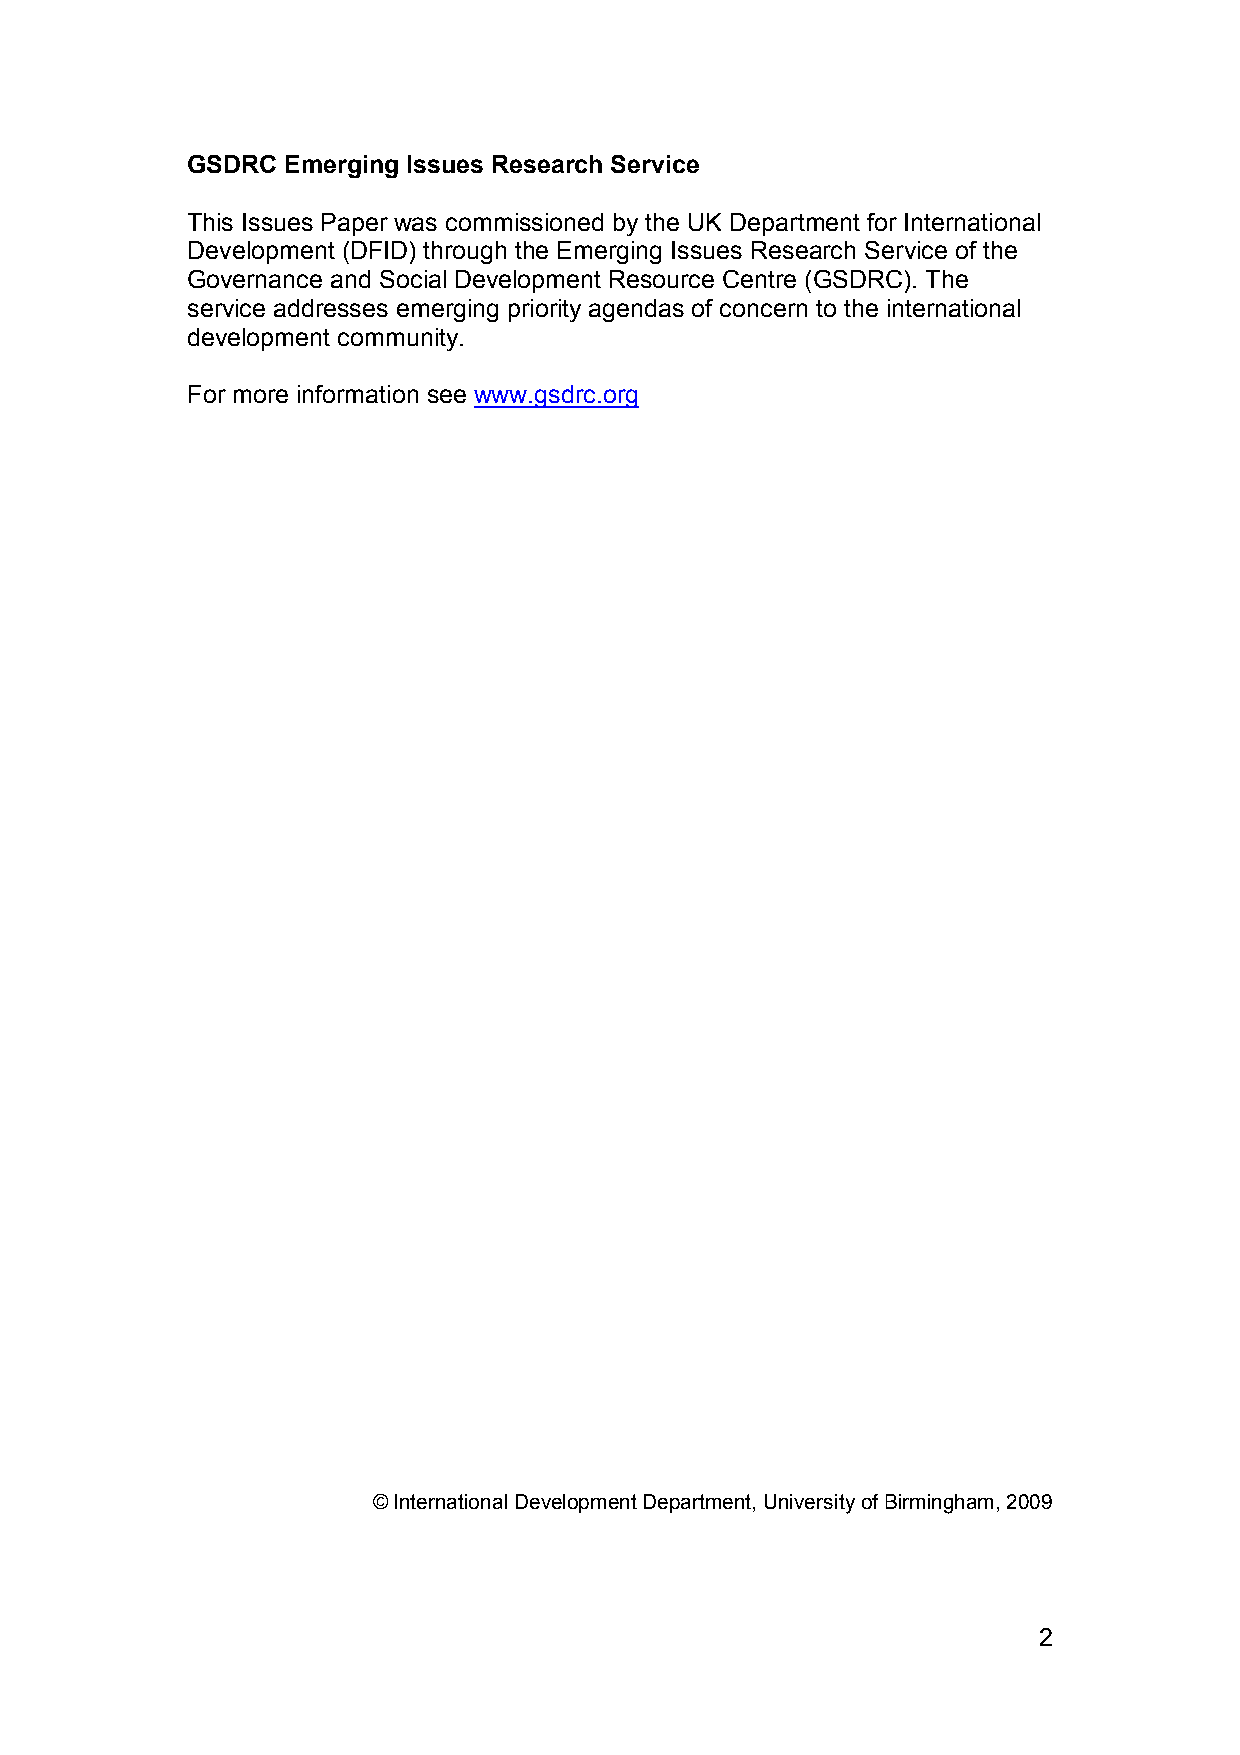
GSDRC  Emerging Issues Research Service
 This Issues Paper was commissioned by the UK Department for International
 Development (DFID) through the Emerging Issues Research Service of the
 Governance and Social Development Resource Centre (GSDRC). The
 service addresses emerging priority agendas of concern to the international
 development community.
 For more information see www.gsdrc.org
 © International Development Department, University of Birmingham, 2009
 2